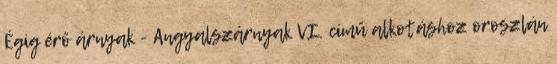
Égig érő árnyak - Angyalszárnyak VI. című alkotáshoz oroszlán